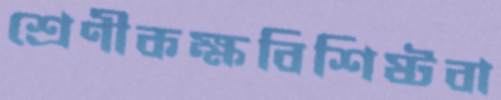
শ্রেণীকক্ষবিশিষ্টবা